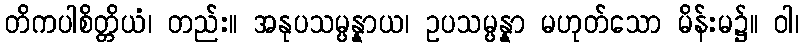
တိကပါစိတ္တိယံ၊ တည်း။ အနုပသမ္ပန္နာယ၊ ဥပသမ္ပန္နာ မဟုတ်သော မိန်းမ၌။ ဝါ၊